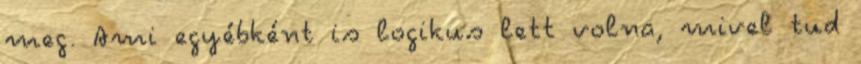
meg. Ami egyébként is logikus lett volna, mivel tud